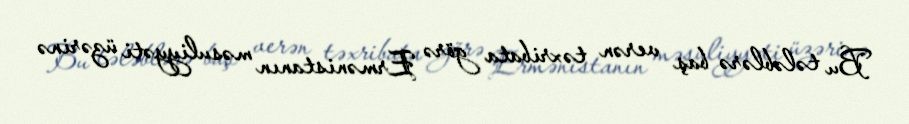
Bu tələblərə baş verən təxribata görə Ermənistanın məsuliyyəti üzərinə